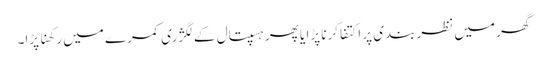
گھر میں نظربندی پر اکتفا کرنا پڑا یا پھر ہسپتال کے لگژری کمرے میں رکھنا پڑا۔